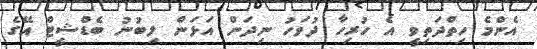
އެންމެ ހިތްދަތިވީ އެ ހުރިހާ ދުވަހު ނިދަން އަޅަން ލިބުނު ބެޑްޝީޓް އޭގެ